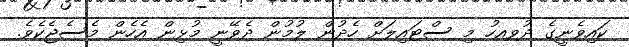
ކައިވެނީގެ ދުވއހު މި ސްޓައިލަށް ހެދުން ލުމުން ދެވޭނީ މުޅިން އެހެން މެސެޖެކެވެ.